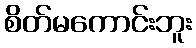
စိတ်မကောင်းဘူး